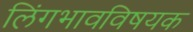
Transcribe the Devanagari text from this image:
लिंगभावविषयक